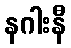
နဂါးနီ